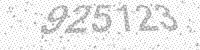
Solution: 925123